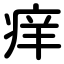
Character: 痒